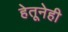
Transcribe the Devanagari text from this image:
हेतूनेही